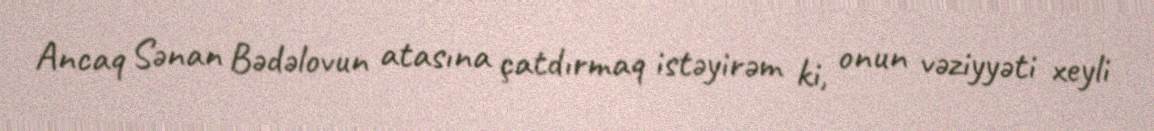
Ancaq Sənan Bədəlovun atasına çatdırmaq istəyirəm ki, onun vəziyyəti xeyli